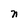
Character: n